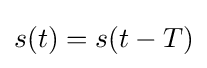
s(t)=s(t-T)